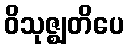
ဝိသုဇ္ဈတိပေ